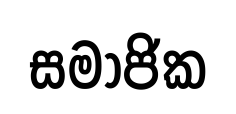
සමාජික